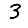
Digit: 3